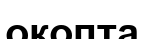
окопта